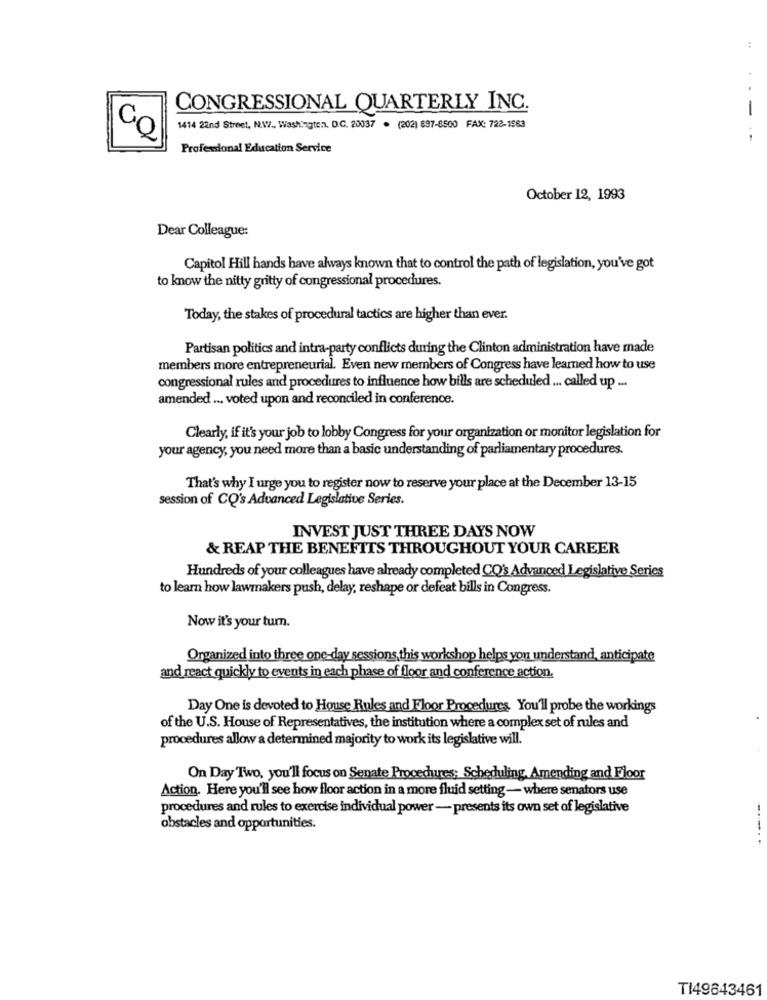
CONGRESSIONAL QUARTERLY INC.
-
1414 22nd Street, N.W ., Washington, D.C. 20037 . (202) 897-8500 FAX: 722-1563
Professional Education Service
October 12, 1993
Dear Colleague:
Capitol Hill hands have always known that to control the path of legislation, you've got
to know the nitty gritty of congressional procedures.
Today, the stakes of procedural tactics are higher than ever.
Partisan politics and intra-party conflicts during the Clinton administration have made
members more entrepreneurial. Even new members of Congress have learned how to use
congressional rules and procedures to influence how bills are scheduled ... called up ...
amended ... voted upon and reconciled in conference.
Clearly, if it's your job to lobby Congress for your organization or monitor legislation for
your agency, you need more than a basic understanding of parliamentary procedures.
That's why I urge you to register now to reserve your place at the December 13-15
session of CQ's Advanced Legislative Series.
INVEST JUST THREE DAYS NOW
& REAP THE BENEFITS THROUGHOUT YOUR CAREER
Hundreds of your colleagues have already completed CO's Advanced Legislative Series
to learn how lawmakers push, delay, reshape or defeat bills in Congress.
Now it's your turn.
Organized into three one-day sessions this workshop helps you understand, anticipate
and react quickly to events in each phase of floor and conference action.
Day One is devoted to House Rules and Floor Procedures You'll probe the workings
of the U.S. House of Representatives, the institution where a complex set of rules and
procedures allow a determined majority to work its legislative will.
On Day Two, you'll focus on Senate Procedures; Scheduling. Amending and Floor
Action. Here you'll see how floor action in a more fluid setting - where senators use
procedures and rules to exercise individual power - presents its own set of legislative
obstacles and opportunities.
---.. .
TI49843461